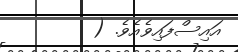
އައިސްފައިވެއެވެ. (